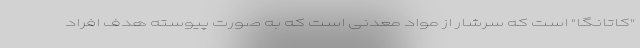
"کاتانگا" است که سرشار از مواد معدنی است که به صورت پیوسته هدف افراد